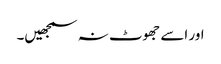
اور اسے جھوٹ نہ سمجھیں۔